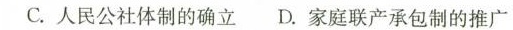
C.人民公社体制的确立 D.家庭联产承包制的推广